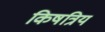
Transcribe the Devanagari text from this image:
किषत्रिय